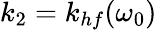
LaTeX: k_{2}=k_{hf}(\omega_{0})